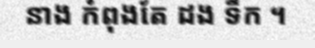
នាង កំពុងតែ ដង ទឹក ។